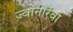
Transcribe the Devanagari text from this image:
ज्वोनारेवा